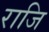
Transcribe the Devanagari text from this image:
राजि